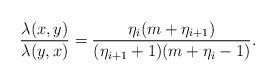
LaTeX: \begin{align*}\frac{\lambda(x,y)}{\lambda(y,x)}=\frac{\eta_i(m+\eta_{i+1})}{(\eta_{i+1}+1)(m+\eta_i-1)}.\end{align*}